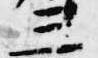
三